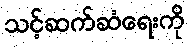
သင့်ဆက်ဆံရေးကို